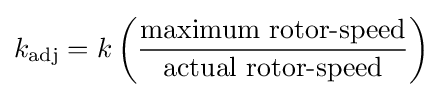
k_{\rm {adj}}=k\left({\frac {\mbox{maximum rotor-speed}}{\mbox{actual rotor-speed}}}\right)